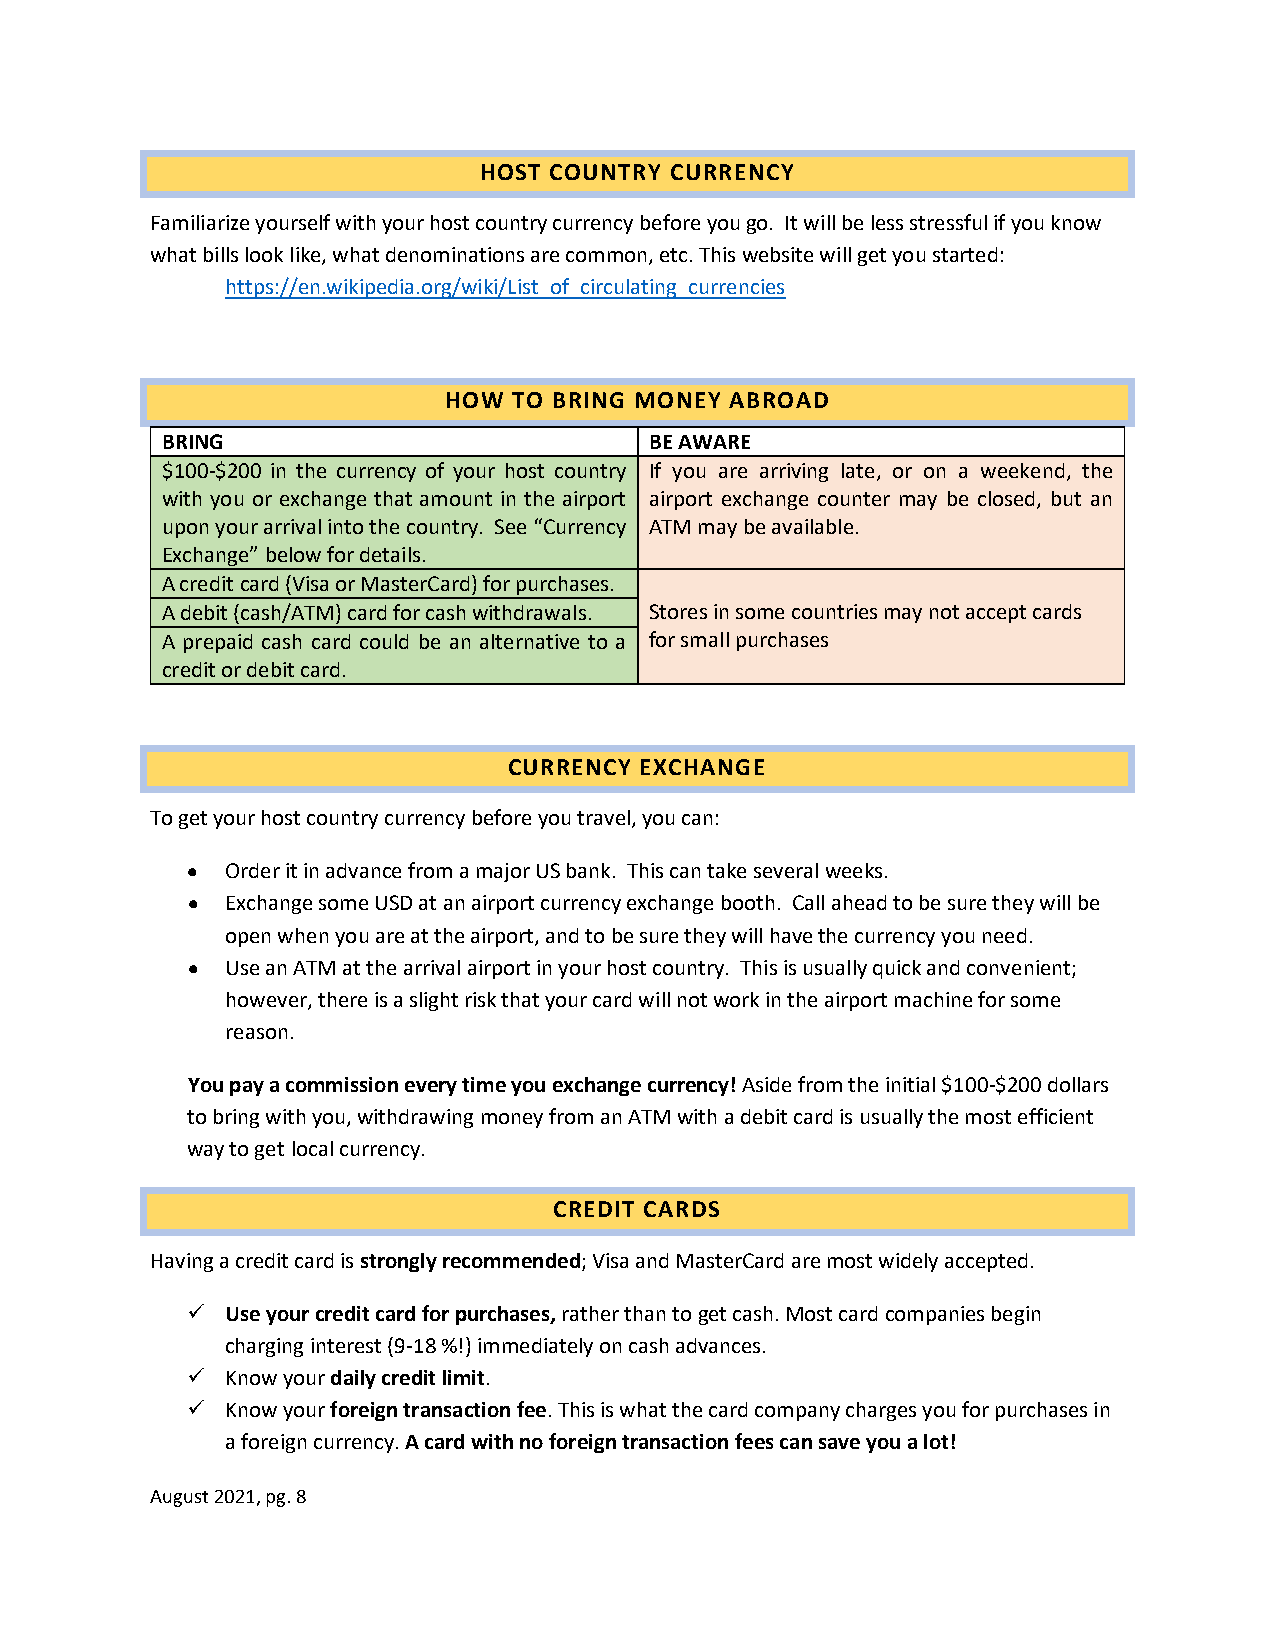
HOST COUNTRY CURRENCY
 Familiarize yourself with your host country currency before you go. It will be less stressful if you know
 what bills look like, what denominations are common, etc. This website will get you started:
 https://en.wikipedia.org/wiki/List_of_circulating_currencies
 HOW  TO BRING MONEY ABROAD
 BRING                           BE AWARE
 $100-$200 in the currency of your host country If you are arriving late, or on a weekend, the
 with you or exchange that amount in the airport airport exchange counter may be closed, but an
 upon your arrival into the country. See “Currency ATM may be available.
 Exchange” below for details.
 A credit card (Visa or MasterCard) for purchases.
 A debit (cash/ATM) card for cash withdrawals. Stores in some countries may not accept cards
 A prepaid cash card could be an alternative to a for small purchases
 credit or debit card.
 CURRENCY EXCHANGE
 To get your host country currency before you travel, you can:
 •  Order it in advance from a major US bank. This can take several weeks.
 •  Exchange some USD at an airport currency exchange booth. Call ahead to be sure they will be
 open when you are at the airport, and to be sure they will have the currency you need.
 •  Use an ATM at the arrival airport in your host country. This is usually quick and convenient;
 however, there is a slight risk that your card will not work in the airport machine for some
 reason.
 You pay a commission every time you exchange currency! Aside from the initial $100-$200 dollars
 to bring with you, withdrawing money from an ATM with a debit card is usually the most efficient
 way to get local currency.
 CREDIT CARDS
 Having a credit card is strongly recommended; Visa and MasterCard are most widely accepted.
   Use your credit card for purchases, rather than to get cash. Most card companies begin
 charging interest (9-18 %!) immediately on cash advances.
   Know your daily credit limit.
   Know your foreign transaction fee. This is what the card company charges you for purchases in
 a foreign currency. A card with no foreign transaction fees can save you a lot!
 August 2021, pg. 8